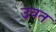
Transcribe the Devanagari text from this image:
उवत